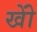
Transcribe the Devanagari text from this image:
खोें